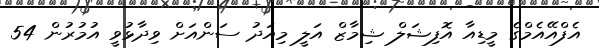
އެފްއޭއެމްގެ މީޑިއާ އޮފިޝަލް ޝިމާޒް އަލީ މިއަދު ސަންއަށް ވިދާޅުވީ އުމުރުން 54